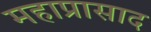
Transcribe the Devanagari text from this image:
महाप्रासाद